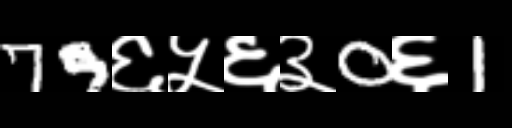
Text: 79६५६३0६1